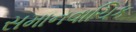
સમાનવાચિક